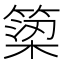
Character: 𥱋